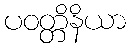
ပဝတ္တိနိယာ